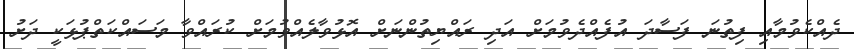
ދެއްކެވުމާއި ފިތުނަ ފަސާދަ އުފެއްދެވުމަށް އަދި ރައްޔިތުންނަަށް އޮޅުވާލެއްވުމަށް ކުރައްވާ މަސައްކަތްޕުޅަކީ ދަށު